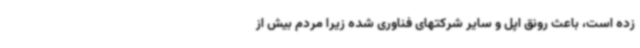
زده است، باعث رونق اپل و سایر شرکتهای فناوری شده زیرا مردم بیش از